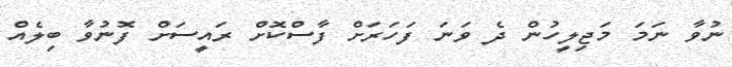
ނުވާ ނަމަ މަޖިލީހުން ދެ ވަނަ ފަހަރަށް ފާސްކޮށް ރައީސަށް ފޮނުވާ ބިލެއް